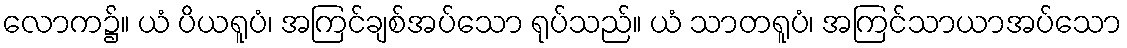
လောက၌။ ယံ ပိယရူပံ၊ အကြင်ချစ်အပ်သော ရုပ်သည်။ ယံ သာတရူပံ၊ အကြင်သာယာအပ်သော